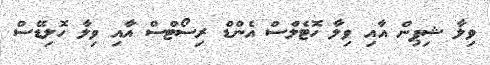
ވިލާ ޝިޕިން އާއި ވިލާ ހޮޓެލްސް އެންޑް ރިސޯޓްސް އާއި ވިލާ ހޮލިޑޭސް